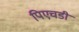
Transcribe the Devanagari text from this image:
पिएचडी